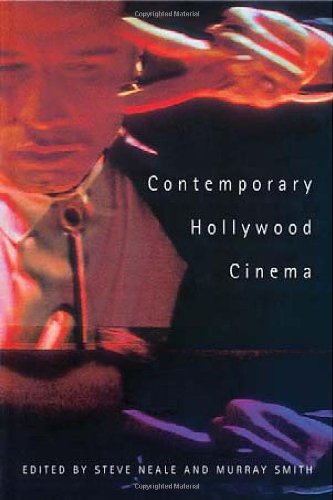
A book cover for Contemporary Hollywood Cinema (Absolute Classics); Humor & Entertainment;